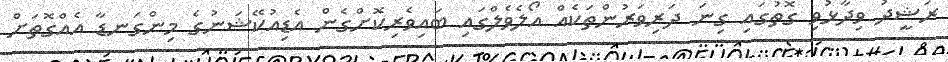
ރަޝީދު ވިދާޅުވި ގޮތުގައި ގިނަ ދަރިވަރުންތަކެއް އޯލެވެލްގައި ބައިވެރިކޮށްގެން އެޑިއުކޭޝަނުގެ މިންގަނޑާ އެއްގޮތަށް